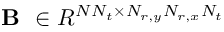
\textbf { B } \in R ^ { N N _ { t } \times N _ { r , y } N _ { r , x } N _ { t } }